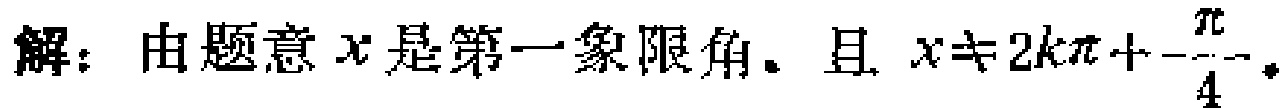
解：由题意\(x\)是第一象限角，且 \(x\neq 2k\pi+\frac{\pi}{4}\)。